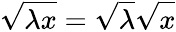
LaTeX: \sqrt{\lambda x}=\sqrt{\lambda}\sqrt{\vphantom{\lambda}x}